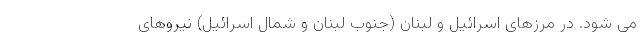
می شود. در مرزهای اسرائیل و لبنان (جنوب لبنان و شمال اسرائیل) نیروهای